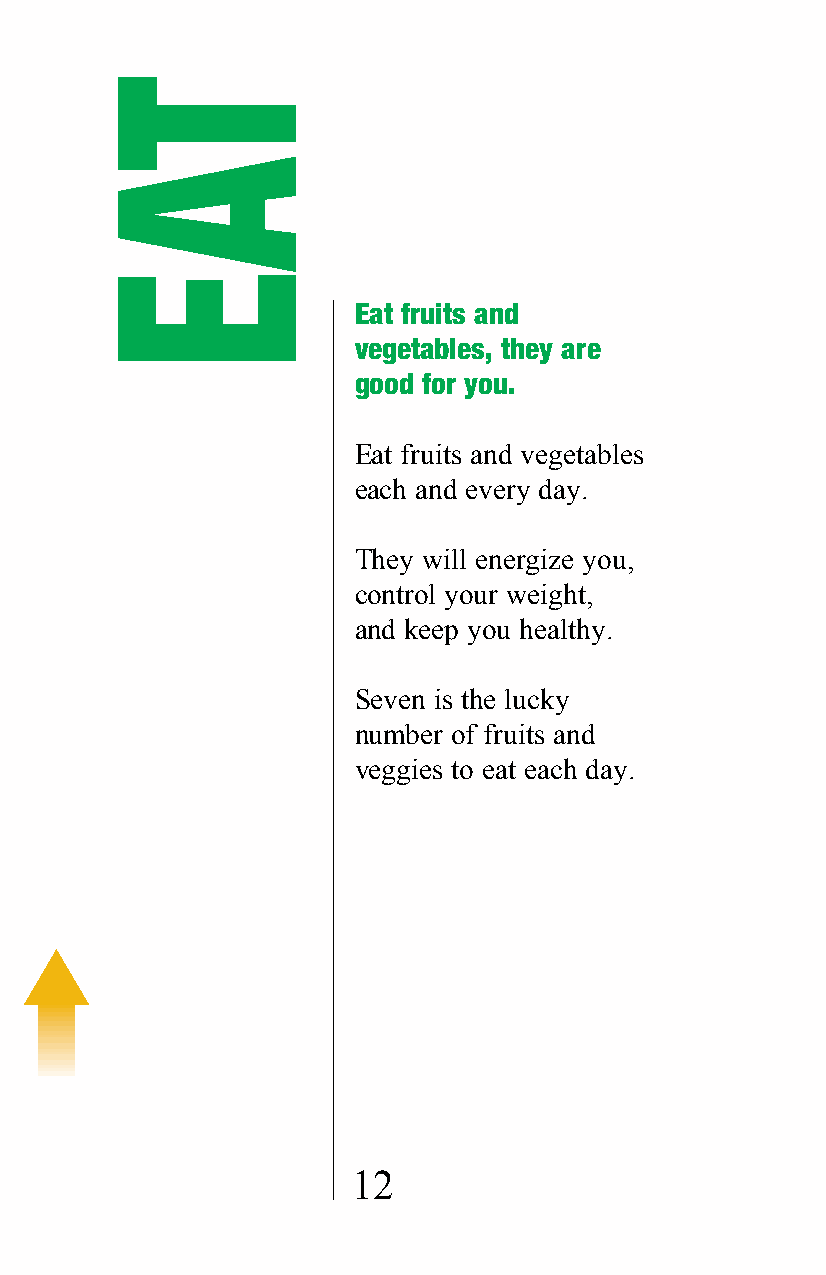
Eat fruits and
 vegetables, they are
 good for you.
 Eat fruits and vegetables
 each and every day.
 They will energize you,
 control your weight,
 and keep you healthy.
 Seven is the lucky
 number of fruits and
 veggies to eat each day.
 12
 TAE